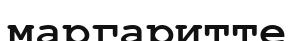
маргаритте